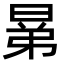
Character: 晜